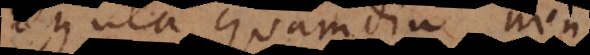
regula quamdiu non